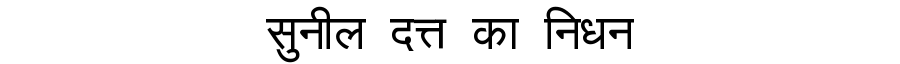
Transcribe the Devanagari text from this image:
सुनील दत्त का निधन